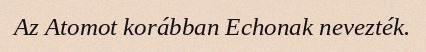
Az Atomot korábban Echonak nevezték.